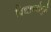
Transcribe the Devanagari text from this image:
विद्यार्थ्यांमुळे